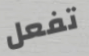
تفعل